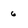
Character: 6